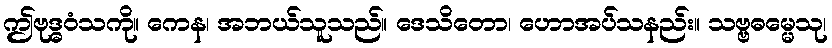
ဤဗုဒ္ဓဝံသကို။ ကေန၊ အဘယ်သူသည်။ ဒေသိတော၊ ဟောအပ်သနည်း။ သဗ္ဗဓမ္မေသု၊